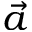
\vec { a }